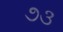
૭૩